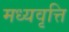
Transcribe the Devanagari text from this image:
मध्यवृत्ति